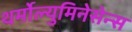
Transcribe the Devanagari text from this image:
थर्मोल्युमिनेसेन्स